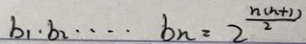
b _ { 1 } \cdot b _ { 2 } \cdots b _ { n } = 2 \frac { n ( n + 1 ) } { 2 }